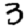
Digit: 3